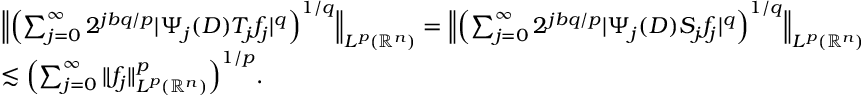
\begin{array} { r l } & { \Big \| \Big ( { \sum _ { j = 0 } ^ { \infty } 2 ^ { j b q / p } | \Psi _ { j } ( D ) T _ { j } f _ { j } | ^ { q } } \Big ) ^ { 1 / q } \Big \| _ { L ^ { p } ( \mathbb { R } ^ { n } ) } = \Big \| \Big ( { \sum _ { j = 0 } ^ { \infty } 2 ^ { j b q / p } | \Psi _ { j } ( D ) S _ { j } f _ { j } | ^ { q } } \Big ) ^ { 1 / q } \Big \| _ { L ^ { p } ( \mathbb { R } ^ { n } ) } } \\ & { \lesssim \Big ( { \sum _ { j = 0 } ^ { \infty } \| f _ { j } \| _ { L ^ { p } ( \mathbb { R } ^ { n } ) } ^ { p } } \Big ) ^ { 1 / p } . } \end{array}